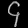
Digit: ၄